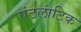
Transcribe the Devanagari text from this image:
एंटलांटिक